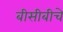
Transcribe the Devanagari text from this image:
बीसीबीचे